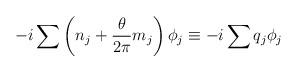
LaTeX: \begin{align*}- i \sum \left( n_j + \frac{ \theta }{ 2 \pi} m_j \right) \phi_j\equiv -i \sum q_j \phi_j\end{align*}